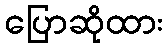
ပြောဆိုထား